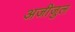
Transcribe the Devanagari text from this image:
अजीजुल